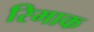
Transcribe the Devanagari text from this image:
रिमाक